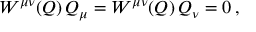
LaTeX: W ^ { \mu \nu } ( Q ) \, Q _ { \mu } = W ^ { \mu \nu } ( Q ) \, Q _ { \nu } = 0 \, ,